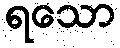
ရသော